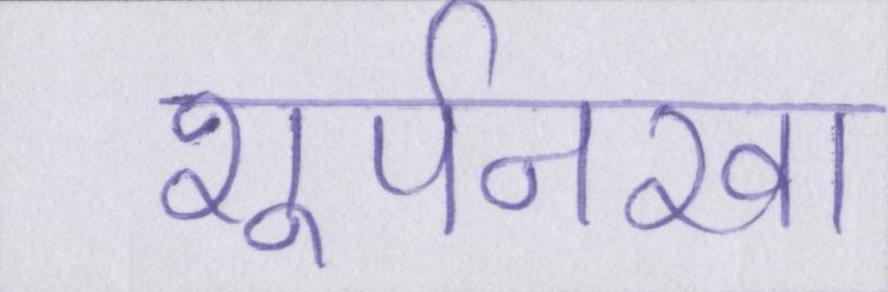
शूर्पनखा